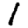
Digit: 1